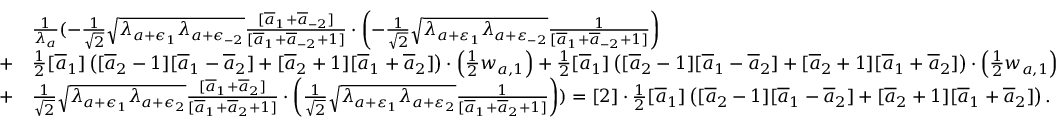
\begin{array} { r l } & { \frac { 1 } { \lambda _ { a } } ( - \frac { 1 } { \sqrt { 2 } } \sqrt { \lambda _ { a + \epsilon _ { 1 } } \lambda _ { a + \epsilon _ { - 2 } } } \frac { [ \overline { { a } } _ { 1 } + \overline { { a } } _ { - 2 } ] } { [ \overline { { a } } _ { 1 } + \overline { { a } } _ { - 2 } + 1 ] } \cdot \left( - \frac { 1 } { \sqrt { 2 } } \sqrt { \lambda _ { a + \varepsilon _ { 1 } } \lambda _ { a + \varepsilon _ { - 2 } } } \frac { 1 } { [ \overline { { a } } _ { 1 } + \overline { { a } } _ { - 2 } + 1 ] } \right) } \\ { + } & { \frac { 1 } { 2 } [ \overline { { a } } _ { 1 } ] \left( [ \overline { { a } } _ { 2 } - 1 ] [ \overline { { a } } _ { 1 } - \overline { { a } } _ { 2 } ] + [ \overline { { a } } _ { 2 } + 1 ] [ \overline { { a } } _ { 1 } + \overline { { a } } _ { 2 } ] \right) \cdot \left( \frac { 1 } { 2 } w _ { a , 1 } \right) + \frac { 1 } { 2 } [ \overline { { a } } _ { 1 } ] \left( [ \overline { { a } } _ { 2 } - 1 ] [ \overline { { a } } _ { 1 } - \overline { { a } } _ { 2 } ] + [ \overline { { a } } _ { 2 } + 1 ] [ \overline { { a } } _ { 1 } + \overline { { a } } _ { 2 } ] \right) \cdot \left( \frac { 1 } { 2 } w _ { a , 1 } \right) } \\ { + } & { \frac { 1 } { \sqrt { 2 } } \sqrt { \lambda _ { a + \epsilon _ { 1 } } \lambda _ { a + \epsilon _ { 2 } } } \frac { [ \overline { { a } } _ { 1 } + \overline { { a } } _ { 2 } ] } { [ \overline { { a } } _ { 1 } + \overline { { a } } _ { 2 } + 1 ] } \cdot \left( \frac { 1 } { \sqrt { 2 } } \sqrt { \lambda _ { a + \varepsilon _ { 1 } } \lambda _ { a + \varepsilon _ { 2 } } } \frac { 1 } { [ \overline { { a } } _ { 1 } + \overline { { a } } _ { 2 } + 1 ] } \right) ) = [ 2 ] \cdot \frac { 1 } { 2 } [ \overline { { a } } _ { 1 } ] \left( [ \overline { { a } } _ { 2 } - 1 ] [ \overline { { a } } _ { 1 } - \overline { { a } } _ { 2 } ] + [ \overline { { a } } _ { 2 } + 1 ] [ \overline { { a } } _ { 1 } + \overline { { a } } _ { 2 } ] \right) . } \end{array}